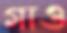
গাও